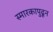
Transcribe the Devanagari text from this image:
स्मारकापुढून